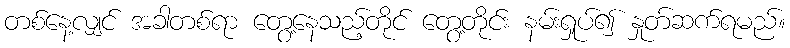
တစ်နေ့လျှင် အခါတစ်ရာ တွေ့နေသည့်တိုင် တွေ့တိုင်း နမ်းရှုပ်၍ နှုတ်ဆက်ရမည်။